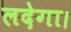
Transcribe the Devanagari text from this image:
लदेगा।